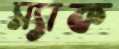
স্যাক